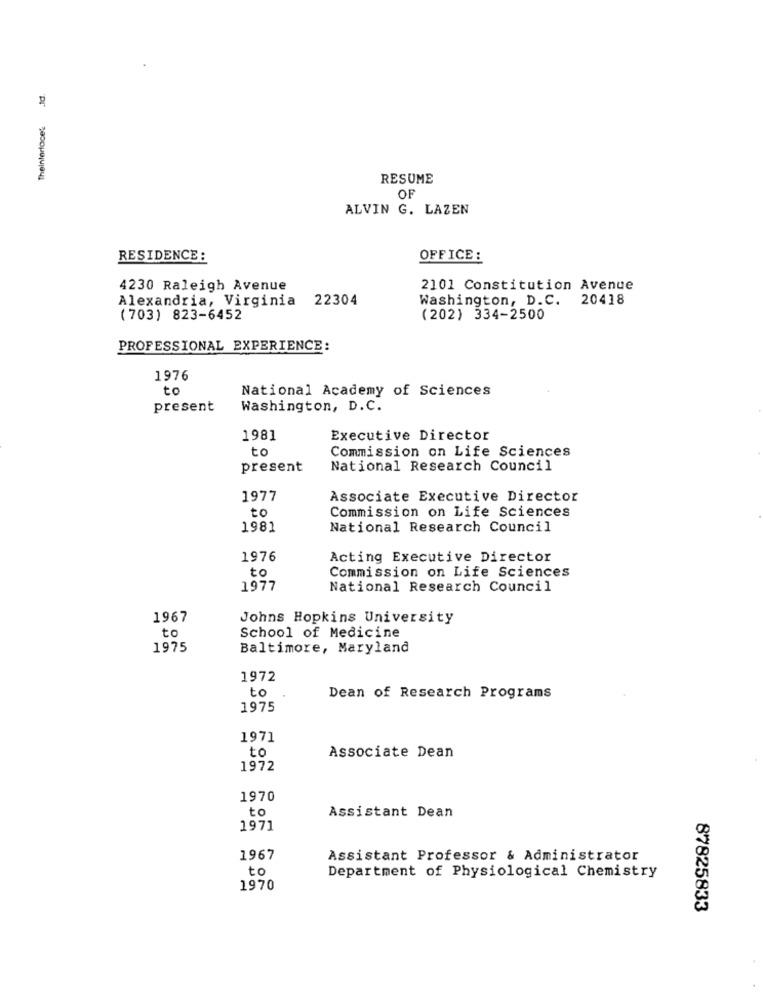
Theinterface'
RESUME
OF
ALVIN G. LAZEN
RESIDENCE :
OFFICE :
4230 Raleigh Avenue
2101 Constitution Avenue
Alexandria, Virginia 22304
Washington, D.C. 20418
( 703) 823-6452
(202) 334-2500
PROFESSIONAL EXPERIENCE:
1976
to
National Academy of Sciences
present
Washington, D.C.
1981
Executive Director
to
Commission on Life Sciences
present
National Research Council
1977
Associate Executive Director
to
Commission on Life Sciences
1981
National Research Council
1976
Acting Executive Director
to
Commission on Life Sciences
1977
National Research Council
1967
Johns Hopkins University
to
School of Medicine
1975
Baltimore, Maryland
1972
to
Dean of Research Programs
1975
1971
to
Associate Dean
1972
1970
to
Assistant Dean
1971
1967
Assistant Professor & Administrator
to
Department of Physiological Chemistry
1970
87825833